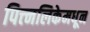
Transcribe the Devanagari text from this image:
पित्त्नलिकेमधून